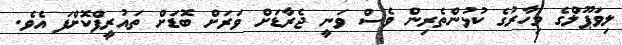
ލިވަޕޫލްގެ މިހާރުގެ ކުޅުންތެރިން ވެސް ވަނީ ޖެރާޑަށް ވަރަށް ބޮޑަށް ތައުރީފްކޮށްފަ އެވެ.